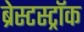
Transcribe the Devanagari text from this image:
ब्रेस्टस्ट्रॉक